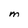
Character: M